Elephants and their diseases
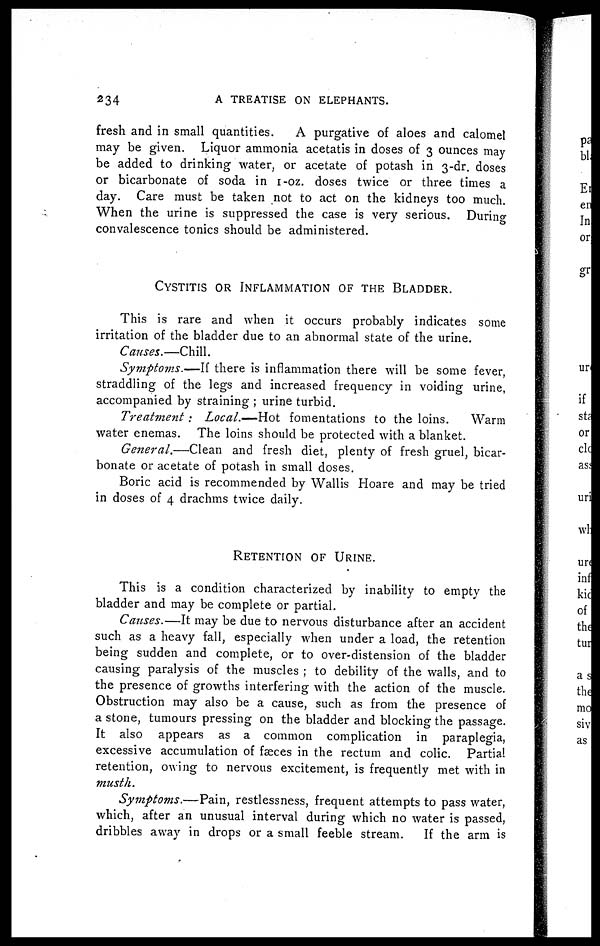
234
A
TREATISE ON ELEPHANTS.
fresh and in small quantities.
A purgative of aloes and calomel
may be given. Liquor ammonia acetatis in doses of 3 ounces may
be added to drinking water, or acetate of potash in 3-dr. doses
or bicarbonate of soda in 1-oz. doses twice or three times a
day. Care must be taken not to act on the kidneys too much.
When the urine is suppressed the case is very serious. During
convalescence tonics should be administered.
CYSTITIS OR INFLAMMATION OF THE BLADEER.
This is rare and when it occurs probably indicates some
irritation of the bladder due to an abnormal state of the urine.
Causes.—Chill.
Symptoms.—If there is inflammation there will be some fever,
straddling of the legs and increased frequency in voiding urine,
accompanied by straining ; urine turbid.
Treatment:
Local.—Hot fomentations to the loins.
Warm
water enemas. The loins should be protected with a blanket.
General.—Clean
and fresh diet, plenty of fresh gruel, bicar-
bonate or acetate of potash in small doses.
Boric acid is recommended by Wallis Hoare and may be tried
in doses of 4 drachms twice daily.
RETENTION OF URINE.
This is a condition characterized by inability to empty the
bladder and may be complete or partial.
Causes.—It may be due to nervous disturbance after an accident
such as a heavy fall, especially when under a load, the retention
being sudden and complete, or to over-distension of the bladder
causing paralysis of the muscles ; to debility of the walls, and to
the presence of growths interfering with the action of the muscle.
Obstruction may also be a cause, such as from the presence of
a stone, tumours pressing on the bladder and blocking the passage.
It also appears as a common complication in paraplegia,
excessive accumulation of faeces in the rectum and colic. Partial
retention, owing to nervous excitement, is frequently met with in
musth.
Symptoms.—Pain,
restlessness, frequent attempts to pass water,
which, after an unusual interval during which no water is passed,
dribbles away in drops or a small feeble stream.
If the arm is